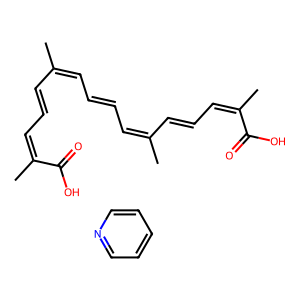
SMILES: CC(C=CC=C(C)C(=O)O)=CC=CC=C(C)C=CC=C(C)C(=O)O.c1ccncc1
Inhibits HIV replication: No